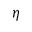
\eta